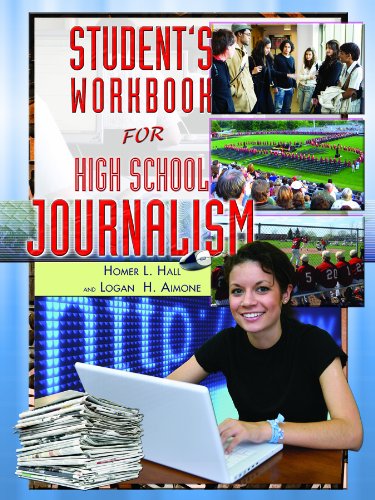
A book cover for Student's Workbook for High School Journalism; Homer L. Hall; Teen & Young Adult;